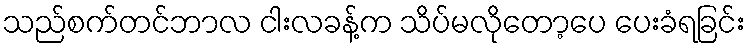
သည်စက်တင်ဘာလ ငါးလခန့်က သိပ်မလိုတော့ပေ ပေးခံရခြင်း